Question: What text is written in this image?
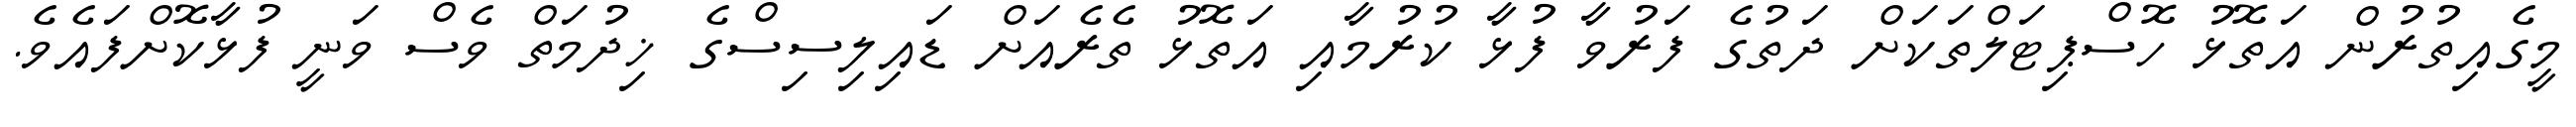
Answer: މީގެއިތުރުން އަތޮޅު ހޮސްޕިޓަލްތަކަށް ދަތުގެ ފަރުވާ ފުޅާ ކުރުމާއި އަތޮޅު ތެރެއަށް ޑައިލިސިސްގެ ޚިދުމަތް ވެސް ވަނީ ފުޅާކޮށްފައެވެ.